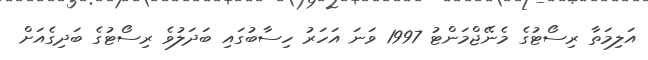
އަލިމަތާ ރިސޯޓުގެ މެނޭޖްމަންޓު 1997 ވަނަ އަހަރު ހިސާބުގައި ބަދަލުވެ ރިސޯޓުގެ ބަދިގެއަށް